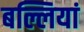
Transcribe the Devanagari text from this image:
बल्लियां